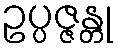
ဥပ္ပဇ္ဇန္တု